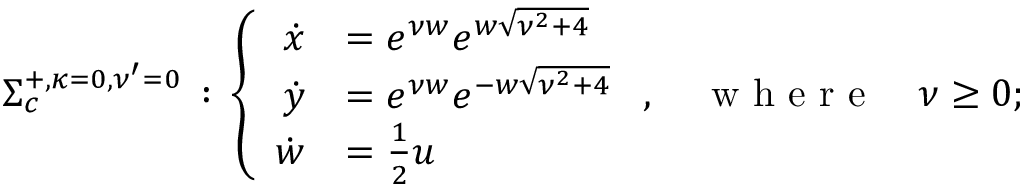
\begin{array} { r } { \Sigma _ { c } ^ { + , { \kappa = } 0 , { \nu ^ { \prime } = 0 } } \, : \, \left\{ \begin{array} { r l } { \dot { x } } & { = e ^ { \nu w } e ^ { w \sqrt { \nu ^ { 2 } + 4 } } } \\ { \dot { y } } & { = e ^ { \nu w } e ^ { - w \sqrt { \nu ^ { 2 } + 4 } } } \\ { \dot { w } } & { = \frac { 1 } { 2 } u } \end{array} \right. , \quad \textrm { w h e r e } \quad \nu \geq 0 ; } \end{array}